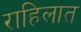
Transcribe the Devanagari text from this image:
राहिलात